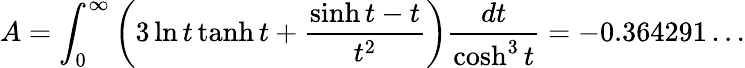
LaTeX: A=\int_{0}^{\infty}\left(3\ln t\operatorname{tanh}t+\frac{\sinh t-t}{t^{2}}\right)\frac{dt}{\cosh^{3}t}=-0.364291\ldots